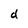
Character: d